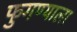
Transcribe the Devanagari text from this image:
फुगण्याला